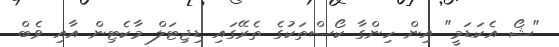
"ޝޯ އެކަޑަމީ" އިން ހިންގާ ކޯސްތަކުގެ ތެރޭގައި ޑިޖިޓަލް މާކެޓިން އާއި ވެބް